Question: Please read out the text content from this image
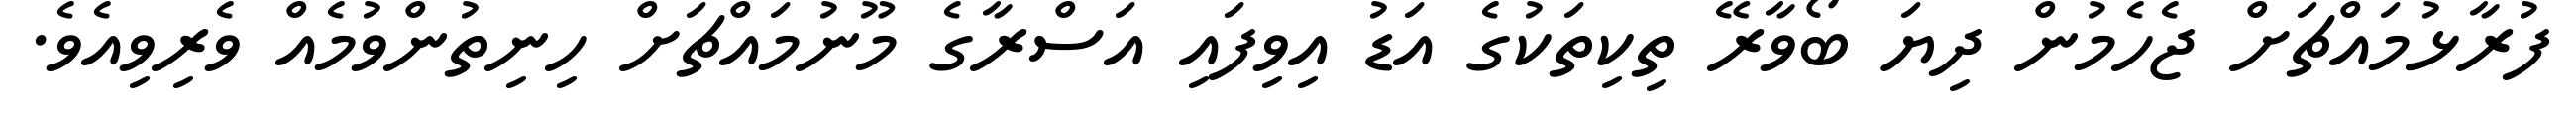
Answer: ފުރާޅުމައްޗަށް ޖެހެމުން ދިޔަ ބޯވާރޭ ތިކިތަކުގެ އަޑު އިވިފައި އަސްރާގެ މޫނުމައްޗަށް ހިނިތުންވުމެއް ވެރިވިއެވެ.